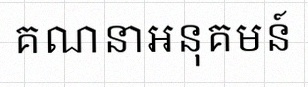
គណនាអនុគមន៍